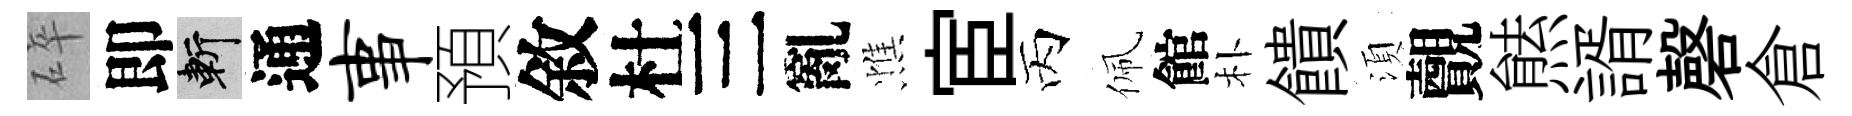
碎即斬通事預敘杜三亂憔宦丙佩館朴饋湏覿㷱諝磬倉